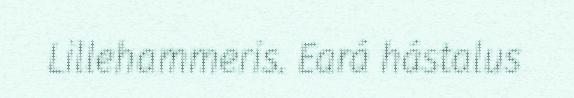
Lillehammeris. Eará hástalus